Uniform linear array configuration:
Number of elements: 64
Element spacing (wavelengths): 0.5
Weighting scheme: cosine
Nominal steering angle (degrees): -30
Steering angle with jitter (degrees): -28.947
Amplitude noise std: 0.05
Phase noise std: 0.05

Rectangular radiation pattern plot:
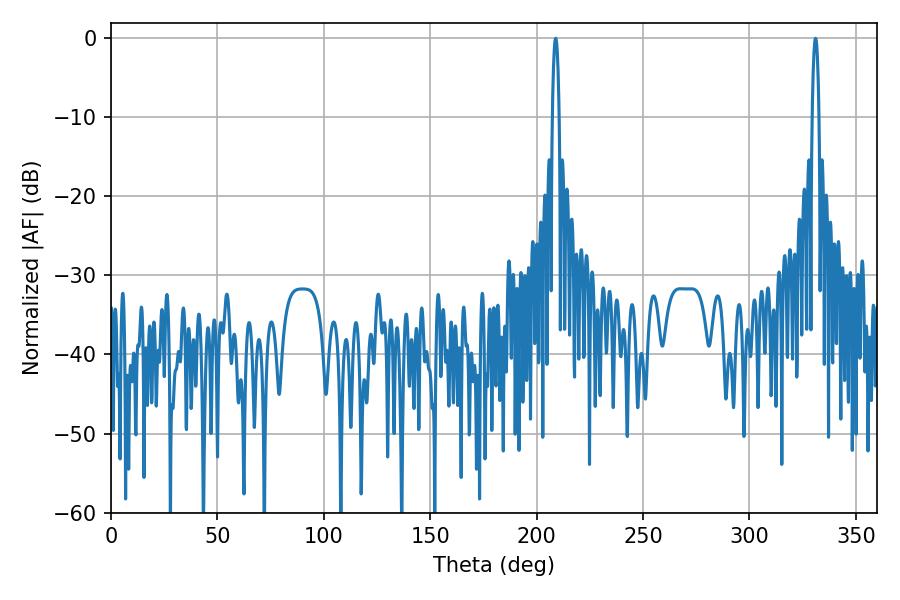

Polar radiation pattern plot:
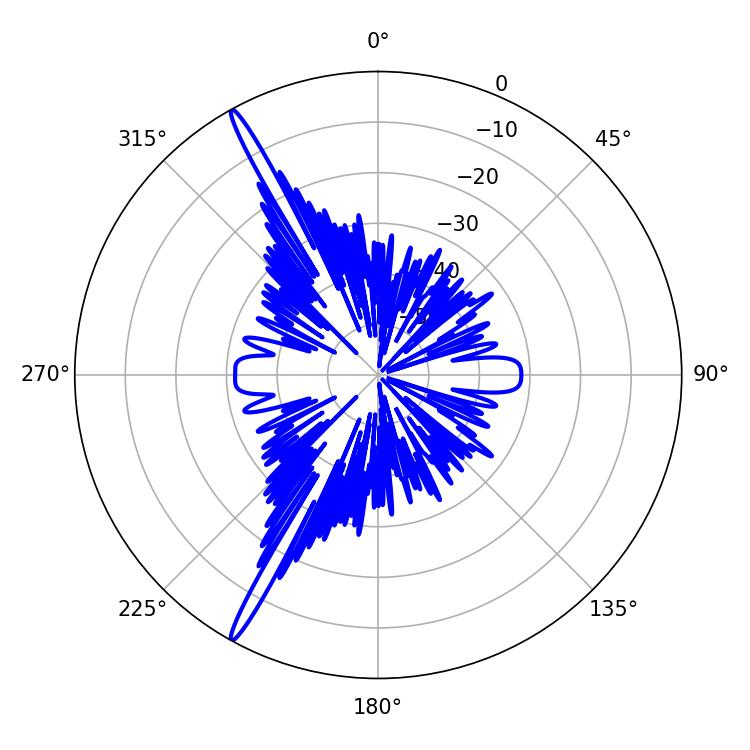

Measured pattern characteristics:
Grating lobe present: FALSE
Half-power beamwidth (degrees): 1.8
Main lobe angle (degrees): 331.02